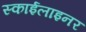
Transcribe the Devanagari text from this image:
स्काईलाइनर